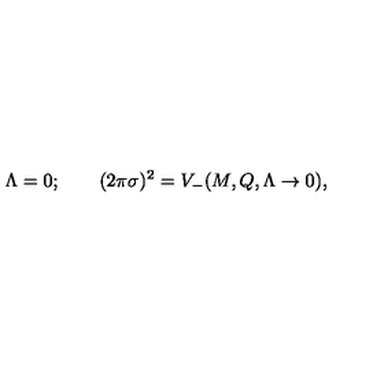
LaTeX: \Lambda = 0 ; \qquad ( 2 \pi \sigma ) ^ { 2 } = V _ { - } ( M , Q , \Lambda \to 0 ) ,